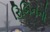
રિબિનનો